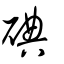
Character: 碘